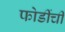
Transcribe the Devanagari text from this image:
फोडींची